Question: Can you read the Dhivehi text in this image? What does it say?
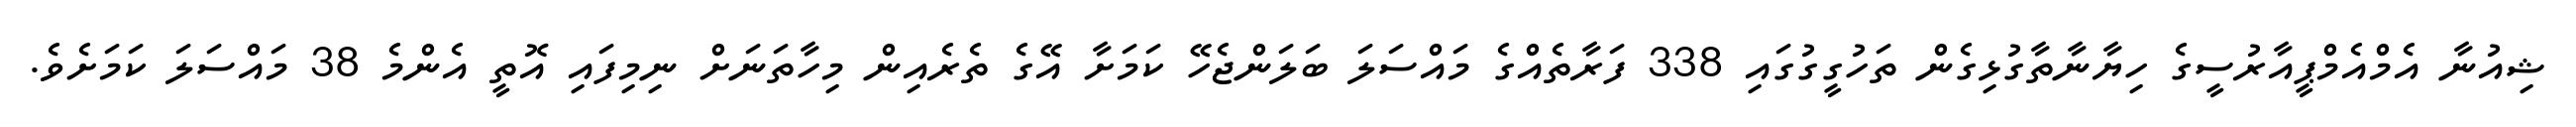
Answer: ޝިއުނާ އެމްއެމްޕީއާރުސީގެ ހިޔާނާތާގުޅިގެން ތަހުގީގުގައި 338 ފަރާތެއްގެ މައްސަލަ ބަލަންޖެހޭ ކަމަށާ އޭގެ ތެރެއިން މިހާތަނަށް ނިމިފައި އޮތީ އެންމެ 38 މައްސަލަ ކަމަށެވެ.